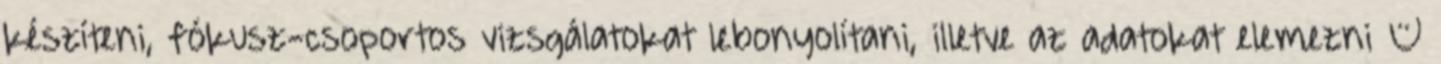
készíteni, fókusz-csoportos vizsgálatokat lebonyolítani, illetve az adatokat elemezni –